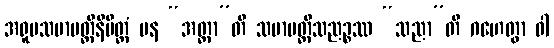
အရူပသမာပတ္တိနိမိတ္တံ ပန “အတ္တာ”တိ သမာပတ္တိသညဉ္စဿ “သညာ”တိ ဂဟေတွာ ဝါ